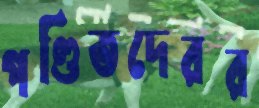
পণ্ডিতদেরর